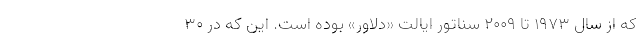
که از سال 1973 تا 2009 سناتور ایالت «دلاوِر» بوده است. این که در 30